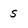
Character: s